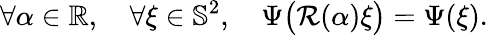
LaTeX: \forall\alpha\in\mathbb{R},\quad\forall\xi\in\mathbb{S}^{2},\quad\Psi\big(\mathcal{R}(\alpha)\xi\big)=\Psi(\xi).